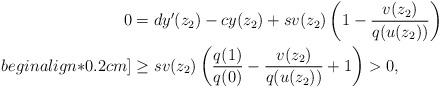
LaTeX: \begin{align*} 0&=dy'(z_2)-cy(z_2)+sv(z_2)\left(1-\frac{v(z_2)}{q(u(z_2))}\right)\\begin{align*}0.2cm] &\geq sv(z_2)\left(\frac{q(1)}{q(0)}-\frac{v(z_2)}{q(u(z_2))}+1\right)>0,\end{align*}